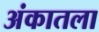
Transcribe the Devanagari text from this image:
अंकातला